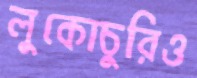
লুকোচুরিও